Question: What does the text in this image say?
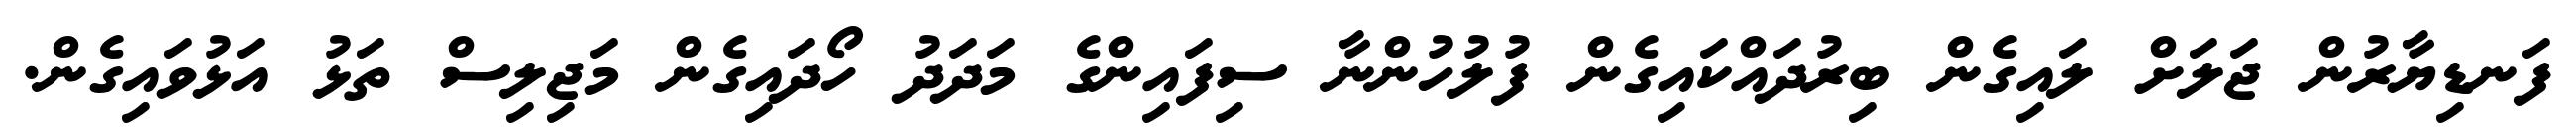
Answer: ފަނޑިޔާރުން ޖަލަށް ލައިގެން ބިރުދައްކައިގެން ފުލުހުންނާ ސިފައިންގެ މަދަދު ހޯދައިގެން މަޖިލިސް ތަޅު އަޅުވައިގެން.